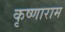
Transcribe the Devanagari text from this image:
कृष्णाराम